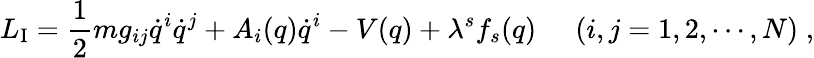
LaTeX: L_{\mathrm{I}}=\frac{1}{2}mg_{ij}\dot{q}^{i}\dot{q}^{j}+A_{i}(q)\dot{q}^{i}-V(q)+\lambda^{s}f_{s}(q)\; \; \; \; \; (i,j=1,2,\cdots,N)\; ,